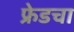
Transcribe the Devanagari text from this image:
फ्रेडचा